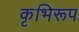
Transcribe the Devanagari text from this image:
कृभिरूप